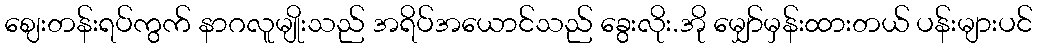
ဈေးတန်းရပ်ကွက် နာဂလူမျိုးသည် အရိပ်အယောင်သည် ခွေးလိုး.အို မျှော်မှန်းထားတယ် ပန်းများပင်